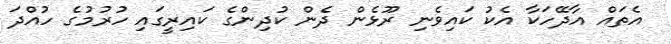
އެތައް އާދޭހަކާ އެކު ކައިވެނި ރޫޅެން ދެން ކުދިންގެ ކައިރީގައި ހުރުމުގެ ހުއްދަ